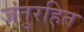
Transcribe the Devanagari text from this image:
जंतुरहित